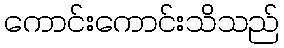
ကောင်းကောင်းသိသည်